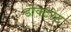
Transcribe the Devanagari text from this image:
डोक्टरेट